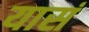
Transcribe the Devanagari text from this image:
यासं